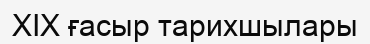
XIX ғасыр тарихшылары